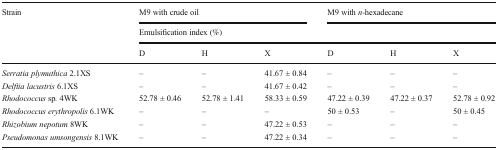
| <ROWSPAN=3> Strain | <COLSPAN=3> M9 with crude oil | <COLSPAN=3> M9 with n-hexadecane |
 | <COLSPAN=6> Emulsification index (%) |
 | D | H | X | D | H | X |
 | --- | --- | --- | --- | --- | --- | --- |
 | Serratia plymuthica 2.1XS | – | – | 41.67 ± 0.84 | – | – | – |
 | Delftia lacustris 6.1XS | – | – | 41.67 ± 0.42 | – | – | – |
 | Rhodococcus sp. 4WK | 52.78 ± 0.46 | 52.78 ± 1.41 | 58.33 ± 0.59 | 47.22 ± 0.39 | 47.22 ± 0.37 | 52.78 ± 0.92 |
 | Rhodococcus erythropolis 6.1WK | – | – | – | 50 ± 0.53 | – | 50 ± 0.45 |
 | Rhizobium nepotum 8WK | – | – | 47.22 ± 0.53 | – | – | – |
 | Pseudomonas umsongensis 8.1WK | – | – | 47.22 ± 0.34 | – | – | – |